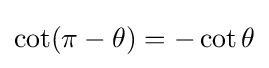
\cot(\pi -\theta )=-\cot \theta